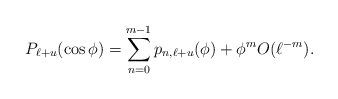
LaTeX: \begin{align*} P_{\ell+u}(\cos \phi)= \sum_{n=0}^{m-1} p_{n, \ell+u}(\phi) +\phi^m O(\ell^{-m}) .\end{align*}